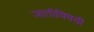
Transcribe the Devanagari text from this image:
जातीविषयीं